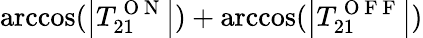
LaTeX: \operatorname{arccos}(\left|T_{21}^{\mathrm{~O~N~}}\right|)+\operatorname{arccos}(\left|T_{21}^{\mathrm{~O~F~F~}}\right|)